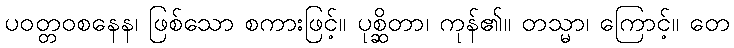
ပဝတ္တဝစနေန၊ ဖြစ်သော စကားဖြင့်။ ပုစ္ဆိတာ၊ ကုန်၏။ တသ္မာ၊ ကြောင့်။ တေ